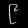
Digit: ၉